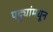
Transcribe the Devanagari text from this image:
पट्ट्यांमधून